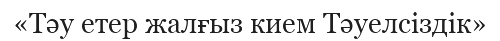
«Тәу етер жалғыз кием Тәуелсіздік»